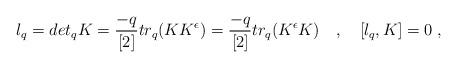
LaTeX: \begin{align*}l_{q}= det_{q} K = \frac{-q}{[2]} tr_{q} (K K^{\epsilon})= \frac{-q}{[2]}tr_{q} (K^{\epsilon} K) \quad ,\quad [l_q,K]=0\;,\end{align*}